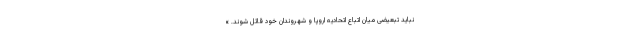
نباید تبعیضی میان اتباع اتحادیه اروپا و شهروندان خود قائل شوند. »